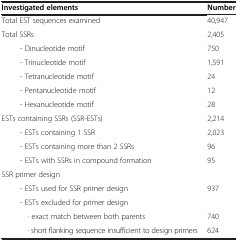
<table><thead><tr><td><b>Investigated elements</b></td><td><b>Number</b></td></tr></thead><tbody><tr><td>Total EST sequences examined</td><td>40,947</td></tr><tr><td>Total SSRs</td><td>2,405</td></tr><tr><td>- Dinucleotide motif</td><td>750</td></tr><tr><td>- Trinucleotide motif</td><td>1,591</td></tr><tr><td>- Tetranucleotide motif</td><td>24</td></tr><tr><td>- Pentanucleotide motif</td><td>12</td></tr><tr><td>- Hexanucleotide motif</td><td>28</td></tr><tr><td>ESTs containing SSRs (SSR-ESTs)</td><td>2,214</td></tr><tr><td>- ESTs containing 1 SSR</td><td>2,023</td></tr><tr><td>- ESTs containing more than 2 SSRs</td><td>96</td></tr><tr><td>- ESTs with SSRs in compound formation</td><td>95</td></tr><tr><td>SSR primer design</td><td> </td></tr><tr><td>- ESTs used for SSR primer design</td><td>937</td></tr><tr><td>- ESTs excluded for primer design</td><td> </td></tr><tr><td>· exact match between both parents</td><td>740</td></tr><tr><td>· short flanking sequence insufficient to design primers</td><td>624</td></tr></tbody></table>